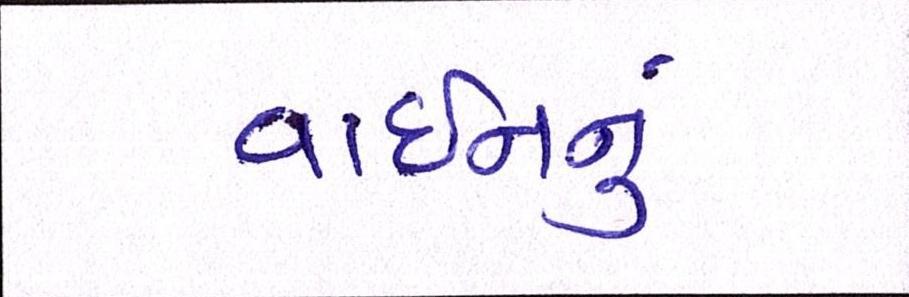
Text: વાઇનનું